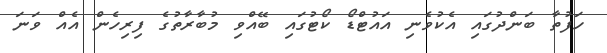
ހަފުތާ ބަންދުގައި އެކުވެނި އައުޓްޑޯ ކޯޓުގައި ބޭއްވި މުބާރާތުގެ ފިރިހެން އެއް ވަނަ